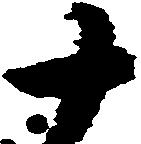
十